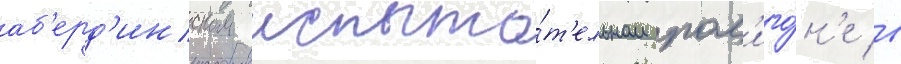
аб'ерд'инском испыта́т'ельном пол'иго́н'е в